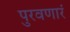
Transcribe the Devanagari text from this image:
पुरवणारं